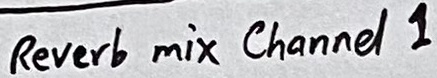
Text: Revert mix Channel 1